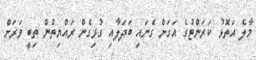
މާލެ އަތޮޅު ކަރަންޓުގެ އަގަށް ގެނައި ބަދަލާއި ގުޅިގެން ރައްޔިތުން ތިބީ ވަރަށް